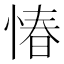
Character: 𢝣